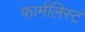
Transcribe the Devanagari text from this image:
फार्मलिस्ट